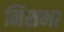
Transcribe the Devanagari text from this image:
निशभा